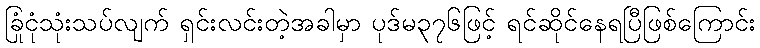
ခြုံငုံသုံးသပ်လျက် ရှင်းလင်းတဲ့အခါမှာ ပုဒ်မ၃၇၆ဖြင့် ရင်ဆိုင်နေရပြီဖြစ်ကြောင်း